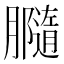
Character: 𦢪